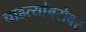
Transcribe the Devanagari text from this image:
चाहत्यांबरोबर